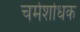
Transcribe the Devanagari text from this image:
चर्मशोधक